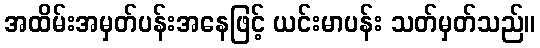
အထိမ်းအမှတ်ပန်းအနေဖြင့် ယင်းမာပန်း သတ်မှတ်သည်။